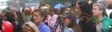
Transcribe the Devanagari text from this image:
प्रियमिलन